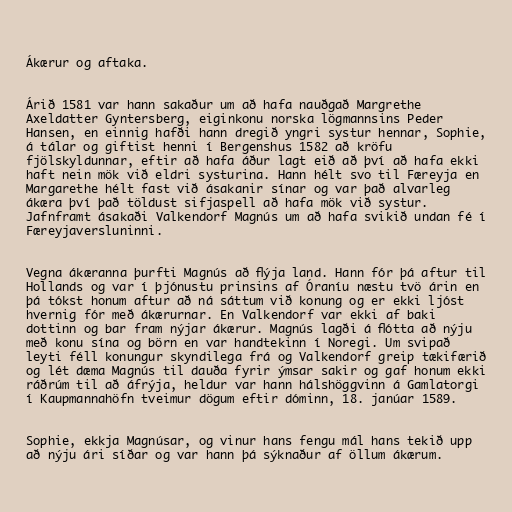
Ákærur og aftaka.

Árið 1581 var hann sakaður um að hafa nauðgað Margrethe
Axeldatter Gyntersberg, eiginkonu norska lögmannsins Peder
Hansen, en einnig hafði hann dregið yngri systur hennar, Sophie,
á tálar og giftist henni í Bergenshus 1582 að kröfu
fjölskyldunnar, eftir að hafa áður lagt eið að því að hafa ekki
haft nein mök við eldri systurina. Hann hélt svo til Færeyja en
Margarethe hélt fast við ásakanir sínar og var það alvarleg
ákæra því það töldust sifjaspell að hafa mök við systur.
Jafnframt ásakaði Valkendorf Magnús um að hafa svikið undan fé í
Færeyjaversluninni.

Vegna ákæranna þurfti Magnús að flýja land. Hann fór þá aftur til
Hollands og var í þjónustu prinsins af Óraníu næstu tvö árin en
þá tókst honum aftur að ná sáttum við konung og er ekki ljóst
hvernig fór með ákærurnar. En Valkendorf var ekki af baki
dottinn og bar fram nýjar ákærur. Magnús lagði á flótta að nýju
með konu sína og börn en var handtekinn í Noregi. Um svipað
leyti féll konungur skyndilega frá og Valkendorf greip tækifærið
og lét dæma Magnús til dauða fyrir ýmsar sakir og gaf honum ekki
ráðrúm til að áfrýja, heldur var hann hálshöggvinn á Gamlatorgi
í Kaupmannahöfn tveimur dögum eftir dóminn, 18. janúar 1589.

Sophie, ekkja Magnúsar, og vinur hans fengu mál hans tekið upp
að nýju ári síðar og var hann þá sýknaður af öllum ákærum.